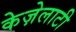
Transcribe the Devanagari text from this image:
केज़ेलाटी